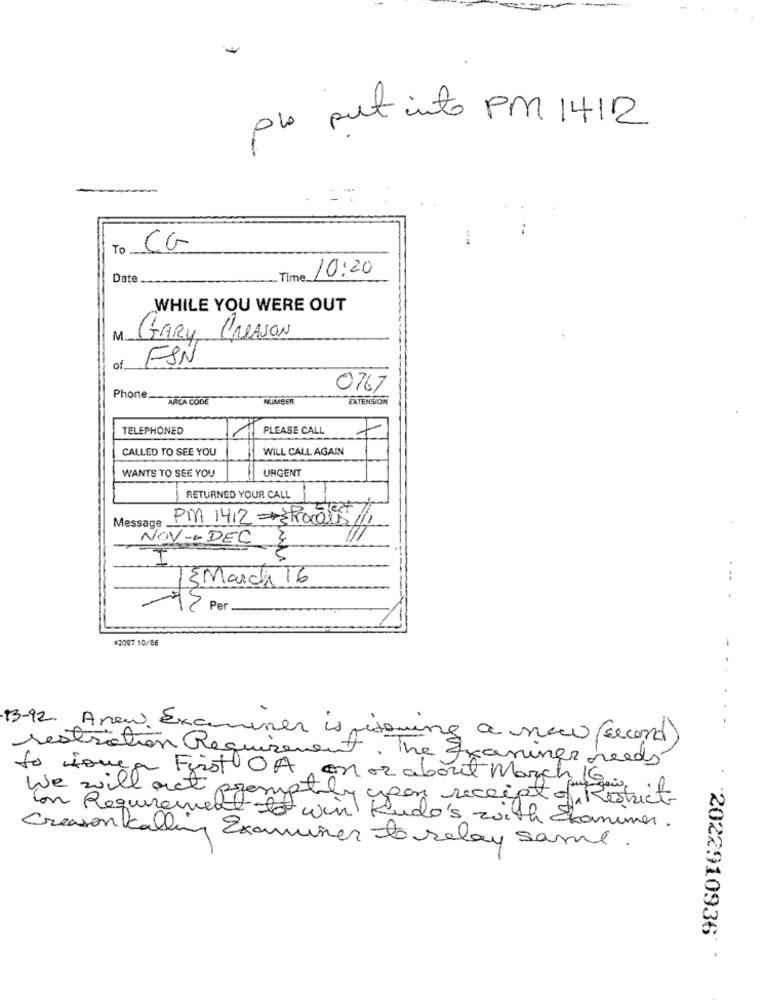
plo put into PM 1412
To
CG
10:20
Date
Time
WHILE YOU WERE OUT
M
GARY CHASON
ESN
of
0767
Phone.
AREA CODE
HUMBER
EXTENSION
TELEPHONED
PLEASE CALL
CALLED TO SEE YOU
WILL CALL AGAIN
URGENT
WANTS TO SEE YOU
RETURNED YOUR CALL
Message .
PM 1412 == Process
NOV-DEC
13 March 16
..
77 Per
#2087 10/86
13-92 Anew Examiner is ritoming a new (second)
restriction Requirement, The Examiner needs
to someaty
First OA on or about March G
-
We will act promptly upon receipt of Restrict-
Con Requirement
It -It win Kudo's with Ekommer.
Creason kalling Examiner to relay same.
2022910936"